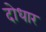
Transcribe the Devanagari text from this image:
दोधार